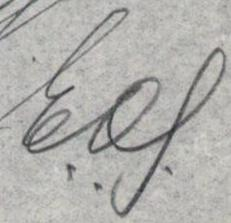
E.O.S.